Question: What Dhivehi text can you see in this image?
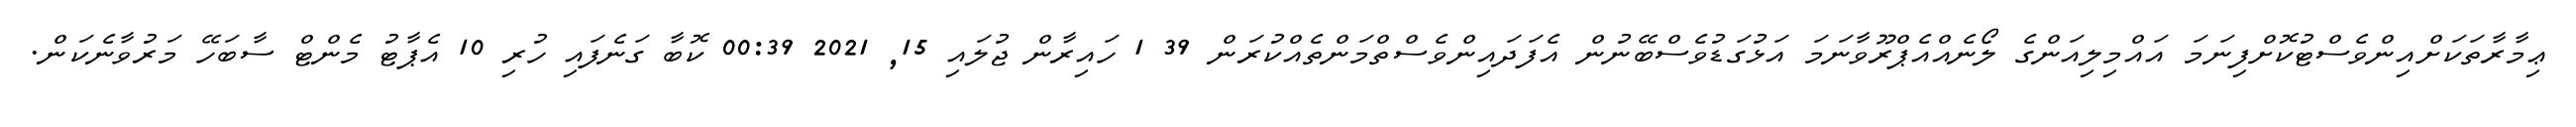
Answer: ޢިމާރާތަކަށްއިންވެސްޓުކޮށްފިނަމަ އައްމިލިއަންގެ ލޯނެއްއެޕްރޫވާނަމަ އަޅުގަޑުވެސްބޭނުން އެފަދައިންވެސްތްމަންތެއްކުރަން 39 1 ހައިރާން ޖުލައި 15, 2021 00:39 ކޮބާ ގަނެފައި ހުރި 10 އެޕާޓު މެންޓް ސާބަހޭ މަރުވާނެކަން.